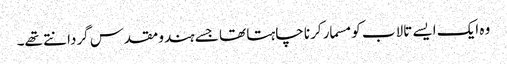
وہ ایک ایسے تالاب کو مسمار کرنا چاہتا تھا جسے ہندو مقدس گردانتے تھے۔